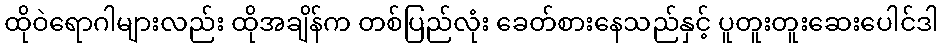
ထိုဝဲရောဂါများလည်း ထိုအချိန်က တစ်ပြည်လုံး ခေတ်စားနေသည်နှင့် ပူတူးတူးဆေးပေါင်ဒါ